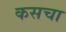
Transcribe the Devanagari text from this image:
कसचा